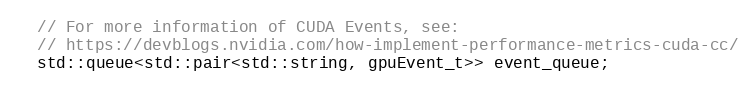
Language: C
  // For more information of CUDA Events, see:
  // https://devblogs.nvidia.com/how-implement-performance-metrics-cuda-cc/
  std::queue<std::pair<std::string, gpuEvent_t>> event_queue;